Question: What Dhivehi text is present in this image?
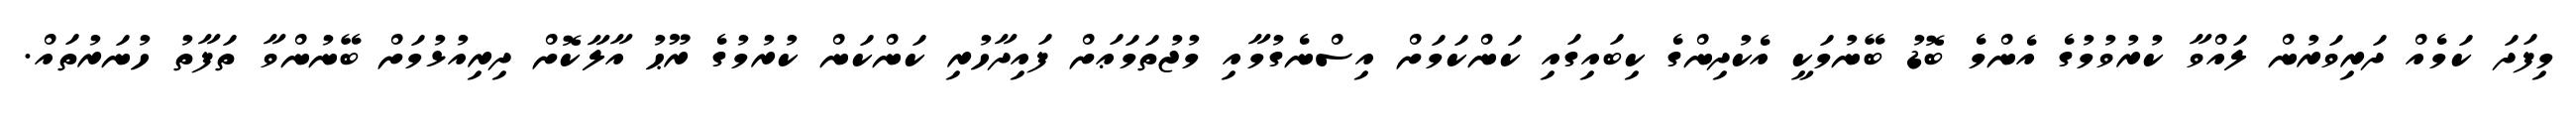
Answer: މިފަދަ ކަމެއް ދަރިވަރުން ލައްވާ ކުރުވުމުގެ އެންމެ ބޮޑު ބޭނުމަކީ އެކުދިންގެ ކިބައިގައި ކަންކަމަށް އިސްނެގުމާއި މުޖުތަމަޢަށް ފައިދާހުރި ކަންކަން ކުރުމުގެ ރޫޙު އާލާކޮށް ދިރިއުޅުމަށް ބޭނުންވާ ތަފާތު ހުނަރުތައް.